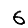
Digit: 6